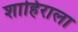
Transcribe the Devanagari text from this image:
शाहिराला